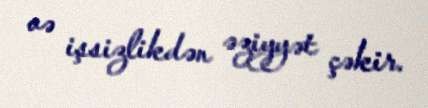
və işsizlikdən əziyyət çəkir.